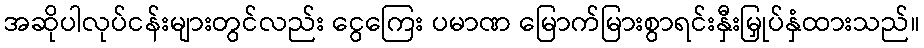
အဆိုပါလုပ်ငန်းများတွင်လည်း ငွေကြေး ပမာဏ မြောက်မြားစွာရင်းနှီးမြှုပ်နှံထားသည်။